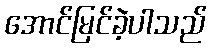
အောင်မြင်ခဲ့ပါသည်